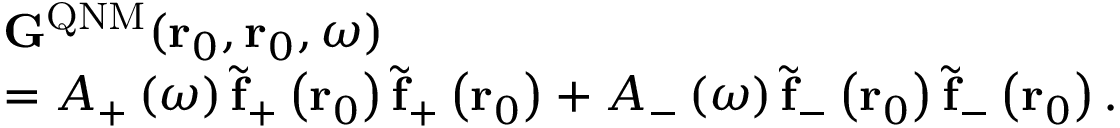
\begin{array} { r l } & { \mathbf { G } ^ { \mathrm { Q N M } } ( \mathbf { r } _ { 0 } , \mathbf { r } _ { 0 } , \omega ) } \\ & { = A _ { + } \left( \omega \right) \tilde { \mathbf { f } } _ { + } \left( { \bf r } _ { 0 } \right) \tilde { \mathbf { f } } _ { + } \left( { \bf r } _ { 0 } \right) + A _ { - } \left( \omega \right) \tilde { \mathbf { f } } _ { - } \left( { \bf r } _ { 0 } \right) \tilde { \mathbf { f } } _ { - } \left( { \bf r } _ { 0 } \right) . } \end{array}